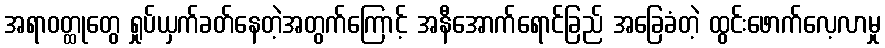
အရာဝတ္ထုတွေ ရှုပ်ယှက်ခတ်နေတဲ့အတွက်ကြောင့် အနီအောက်ရောင်ခြည် အခြေခံတဲ့ ထွင်းဖောက်လေ့လာမှု